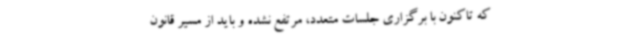
که تاکنون با برگزاری جلسات متعدد، مرتفع نشده و باید از مسیر قانون